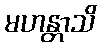
မဟန္တာသိ